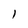
Character: 1